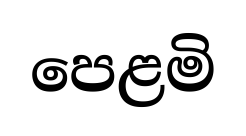
පෙළමි